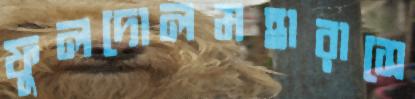
ফুলদোলমহারাসে